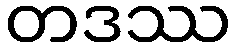
တဒဿ